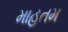
માહતમ